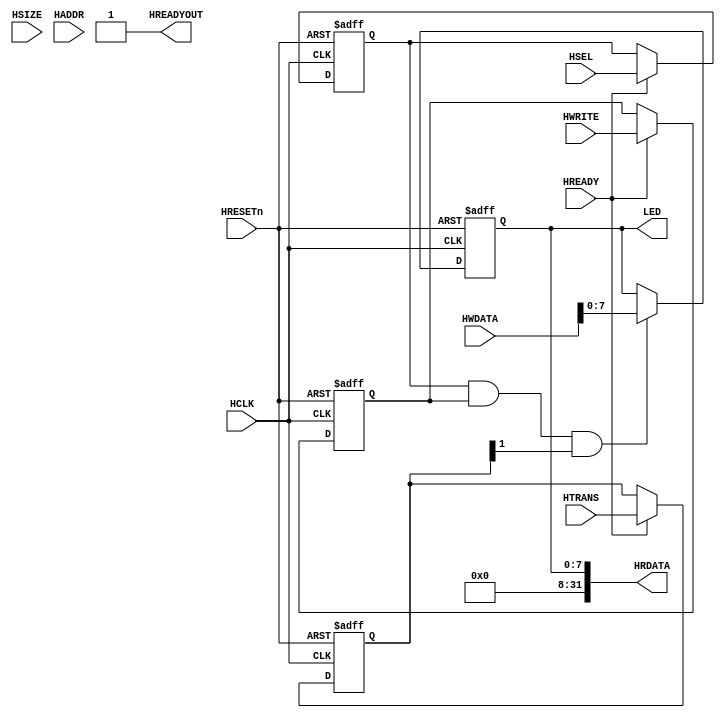
module AHB2LED
(
	input wire			 HSEL,
	input wire			 HCLK,
	input wire			 HRESETn,
				
	input wire			 HREADY,
	input wire			 HWRITE,	
	input wire  [ 1:0]   HTRANS,
	input wire  [ 2:0]   HSIZE,
	
	input wire  [31:0] 	 HADDR,
	input wire  [31:0] 	 HWDATA,
	
	output wire 		 HREADYOUT,
	output wire [31:0] 	 HRDATA,
	
	output wire [ 7:0] 	 LED
);

reg 		rHSEL;
reg 		rHWRITE;
reg [ 1:0] 	rHTRANS;

reg [ 7:0]  rLED;

//
always@(posedge HCLK or negedge HRESETn)
begin
	if(!HRESETn)
		begin
			rHSEL   <= 1'b0;
			rHWRITE <= 1'b0;
			rHTRANS <= 2'b00;
		end
	else if(HREADY)
		begin
			rHSEL   <= HSEL;
			rHWRITE <= HWRITE;
			rHTRANS <= HTRANS;		
		end
end

//
always@(posedge HCLK or negedge HRESETn)
begin
	if(!HRESETn)
		rLED <= 8'b0000_0000;
	else if(rHSEL & rHWRITE & rHTRANS[1])
		rLED <= HWDATA[7:0];
end

//
assign HREADYOUT = 1'b1;

//
assign HRDATA = {24'h0000_00,rLED};
assign LED = rLED;

endmodule